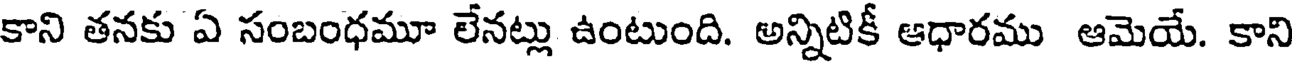
కాని తనకు ఏ సంబంధమూ లేనట్లు ఉంటుంది. అన్నిటికీ ఆధారము ఆమెయే. కాని